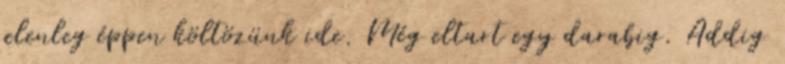
jelenleg éppen költözünk ide. Még eltart egy darabig. Addig